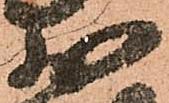
少